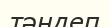
тәндеп